Annual report of the Punjab Veterinary College and of the Civil Veterinary Department, Punjab - 1926-1932
Year: 1926
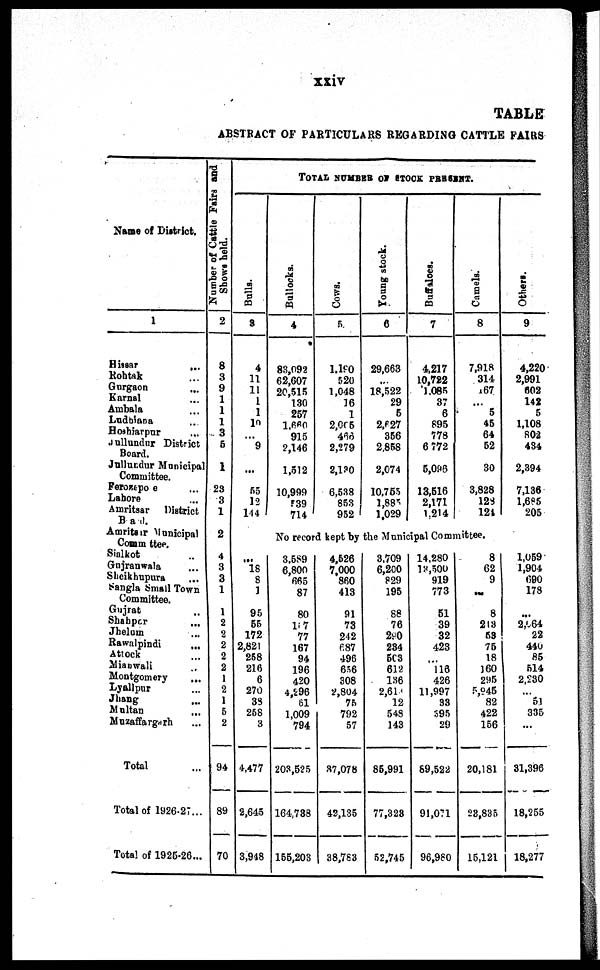
xxiv
TABLE
ABSTRACT OF PARTICULARS REGARDING CATTLE FAIRS
Name of District.
1
Hissar
...
Rohtak ...
Gurgaon ...
Karnal ...
Ambala ...
Ludhiana ...
Hoshiarpur ...
Jullundar District
Board.
Jullundur Municipal
Committee.
Ferozepore ...
Lahore ...
Amritsar
District
Bad.
Amritsar Municipal
Committee.
Sialkot ...
Gujranwala ...
Sheikhupura ...
Sangla Small Town
Committee.
Gujrat ...
Shahpur
...
Jhelum ...
Rawalpindi ...
Attock ...
Mianwali ...
Montgomery ...
Lyallpur ...
Jhang ...
Multan ...
Muzaffargarh ...
Total ...
Total of 1926-27...
Total of 1925-26...
Number of Cattle Fairs and
Shows held.
2
8
3
9
1
1
1
3
5
1
23
3
1
2
4
3
3
1
1
2
2
2
2
2
1
2
1
5
2
94
89
70
TOTAL NUMBER OF STOCK PRESENT.
Bulls.
3
4
11
11
1
1
10
...
9
...
55
12
144
Bullocks.
4
83,092
62,607
20,515
130
257
1,660
915
2,146
1,512
10,999
539
714
Cows.
5
1,190
520
1,048
16
1
2,005
466
2,279
2,130
6,538
853
952
Young stock.
6
29,663
...
18,522
29
5
2,627
356
2,858
2,074
10,755
1,885
1,029
Buffaloes.
7
4,217
10,722
1,085
37
6
895
778
6,772
5,096
13,516
2,171
1,214
Camels.
8
7,918
314
167
...
5
45
64
52
30
3,828
128
124
Others.
9
4,220
2,991
602
142
5
1,108
802
434
2,394
7,136
1,685
205
No record kept by the Municipal Committee.
...
18 8
1
95
55
172
2,821
258
216
6
270
38
258
3
4,477
2,645
3,948
3,589
6,800
665
87
80
1 7
77
167
94
196
420
4,296
61
1,009
794
203,525
164,738
155,203
4,526
7,000
860
413
91
73
242
687
496
656
308
2,804
75
792
57
37,078
42,135
38,783
3,709
6,200
829
195
88
76
290
234
503
612
136
2,613
12
548
143
85,991
77,323
52,745
14,280
13,500
919
773
51
39
32
423
...
116 426
11,997
33
395
29
89,522
91,071
96,980
8
62
9
...
8
213
53
75
18
160
295
5,945
82
422
156
20,181
23,835
15,121
1,059
1,904
690
178
...
2,064
22
440
85
514
2,230
... 51
335
...
31,396
18,255
18,277